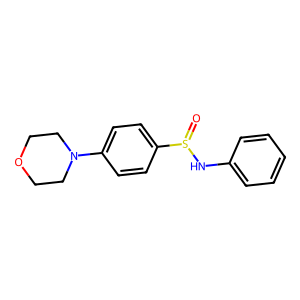
SMILES: O=S(Nc1ccccc1)c1ccc(N2CCOCC2)cc1
Inhibits HIV replication: No